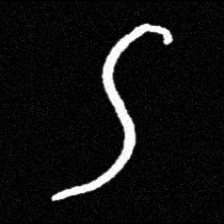
Pyu character \u2014 Myanmar letter: ဌ (romanized: ttha)